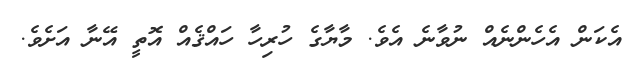
އެކަން އެހެންނެއް ނުވާނެ އެވެ. މާޔާގެ ހުރިހާ ހައްޤެއް އޮތީ އޭނާ އަށެވެ.